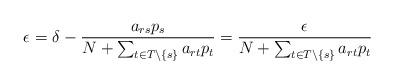
LaTeX: \begin{align*} \epsilon_{} = \delta - \frac{a_{r s} p_{s}}{N + \sum_{t \in T\setminus\{s\}} a_{rt} p_t} = \frac{\epsilon_{}}{N + \sum_{t \in T\setminus\{s\}} a_{rt} p_t}\end{align*}